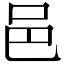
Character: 邑